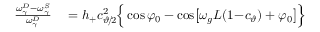
\begin{array} { r l } { \frac { \omega _ { \gamma } ^ { D } - \omega _ { \gamma } ^ { S } } { \omega _ { \gamma } ^ { D } } } & { { } = h _ { + } c _ { \vartheta \! / \! 2 } ^ { 2 } \Big \{ \cos \varphi _ { 0 } - \cos \! \big [ \omega _ { g } L ( 1 \! - \! c _ { \vartheta } ) + \varphi _ { 0 } \big ] \Big \} } \end{array}